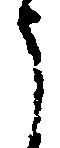
う